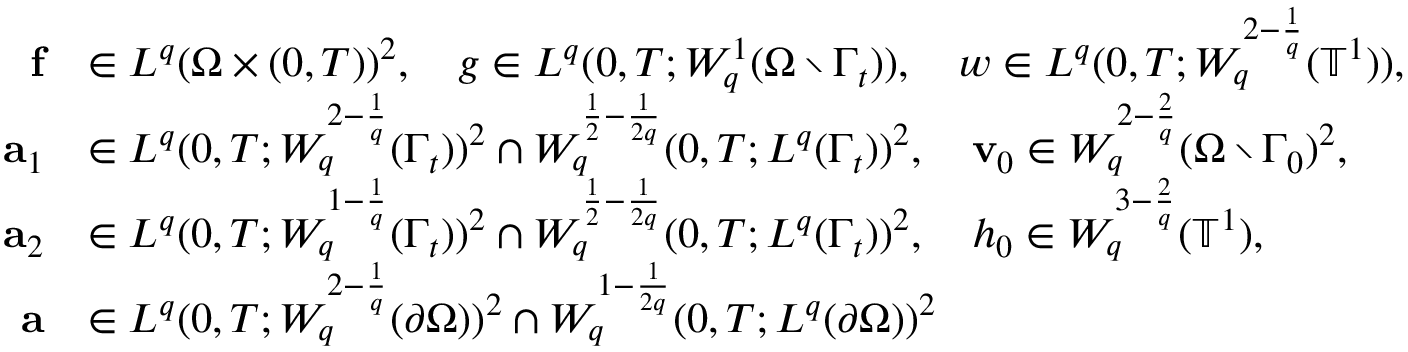
\begin{array} { r l } { \mathbf { f } } & { \in L ^ { q } ( \Omega \times ( 0 , T ) ) ^ { 2 } , \quad g \in L ^ { q } ( 0 , T ; W _ { q } ^ { 1 } ( \Omega \setminus \Gamma _ { t } ) ) , \quad w \in L ^ { q } ( 0 , T ; W _ { q } ^ { 2 - \frac 1 q } ( \ensuremath { \mathbb { T } } ^ { 1 } ) ) , } \\ { \mathbf { a } _ { 1 } } & { \in L ^ { q } ( 0 , T ; W _ { q } ^ { 2 - \frac 1 q } ( \Gamma _ { t } ) ) ^ { 2 } \cap W _ { q } ^ { \frac 1 2 - \frac 1 { 2 q } } ( 0 , T ; L ^ { q } ( \Gamma _ { t } ) ) ^ { 2 } , \quad \mathbf { v } _ { 0 } \in W _ { q } ^ { 2 - \frac 2 q } ( \Omega \setminus \Gamma _ { 0 } ) ^ { 2 } , } \\ { \mathbf { a } _ { 2 } } & { \in L ^ { q } ( 0 , T ; W _ { q } ^ { 1 - \frac 1 q } ( \Gamma _ { t } ) ) ^ { 2 } \cap W _ { q } ^ { \frac 1 2 - \frac 1 { 2 q } } ( 0 , T ; L ^ { q } ( \Gamma _ { t } ) ) ^ { 2 } , \quad h _ { 0 } \in W _ { q } ^ { 3 - \frac 2 q } ( \ensuremath { \mathbb { T } } ^ { 1 } ) , } \\ { \mathbf { a } } & { \in L ^ { q } ( 0 , T ; W _ { q } ^ { 2 - \frac 1 q } ( \partial \Omega ) ) ^ { 2 } \cap W _ { q } ^ { 1 - \frac 1 { 2 q } } ( 0 , T ; L ^ { q } ( \partial \Omega ) ) ^ { 2 } } \end{array}